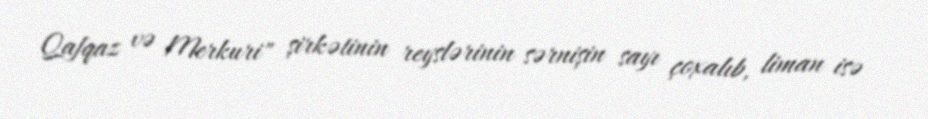
Qafqaz və Merkuri" şirkətinin reyslərinin sərnişin sayı çoxalıb, liman isə